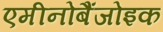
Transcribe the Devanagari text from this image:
एमीनोबैंजोइक